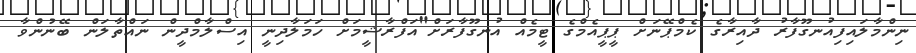
ނިންމާލައިފިއުނގޫފާރު ދާއިރާގެ ކެމްޕޭނަށް ޕީޕީއެމްގެ ޓީމެއް އުނގޫފާރަށް"އަފްރާޝީމަށް ހަމަލާދިނީ އިސްލާމްދީން ނައްތާލަން ބޭނުންވާ